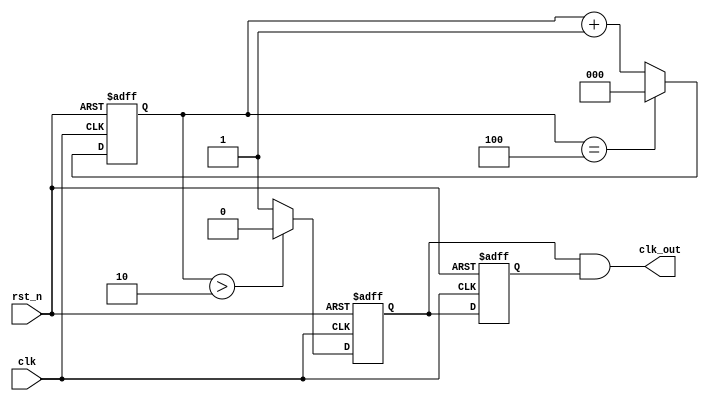
// --------------------------------------------------------------------
// >>>>>>>>>>>>>>>>>>>>>>>>> COPYRIGHT NOTICE <<<<<<<<<<<<<<<<<<<<<<<<<
// --------------------------------------------------------------------
// Github: https://github.com/halftop
// Description: 
// Dependencies: 
// LastEditors: halftop
// Since: 2019-05-10 11:04:51
// LastEditTime: 2019-05-10 22:18:17
// ********************************************************************
// Module Function:
`timescale 1ns / 1ps

module div_odd
#(
    parameter N	= 5
    
)
(
    input					clk			,
    input					rst_n		,
    output                  clk_out     
);

localparam  WD = clogb2(N);

reg                 clk_out_p   ;
reg                 clk_out_n   ;
reg     [WD-1:0]    count       ;

always @(posedge clk or negedge rst_n) begin
    if (!rst_n) begin
        count <= 'd0;
    end else if (count==N-1) begin
        count <= 'd0;
    end else begin
        count <= count + 1'b1;
    end
end

always @(posedge clk or negedge rst_n) begin
    if (!rst_n) begin
        clk_out_p <= 1'b1;
    end else if (count>N/2) begin
        clk_out_p <= 1'b0;
    end else begin
        clk_out_p <= 1'b1;
    end
end

always @(negedge clk or negedge rst_n) begin
    if (!rst_n) begin
        clk_out_n <= 1'b0;
    end else begin
        clk_out_n <= clk_out_p;
    end
end

assign clk_out = clk_out_p&clk_out_n;

function integer clogb2 (input integer depth);
    begin
        for(clogb2=0; depth>0; clogb2=clogb2+1)
        depth = depth >> 1;
    end
endfunction

endmodule